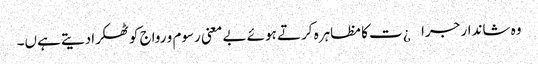
وہ شاندار جرا¿ت کا مظاہرہ کرتے ہوئے بے معنی رسوم و رواج کو ٹھکرادیتے ہےں۔